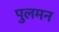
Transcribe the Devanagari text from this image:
पुलमन